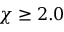
\chi \geq 2 . 0